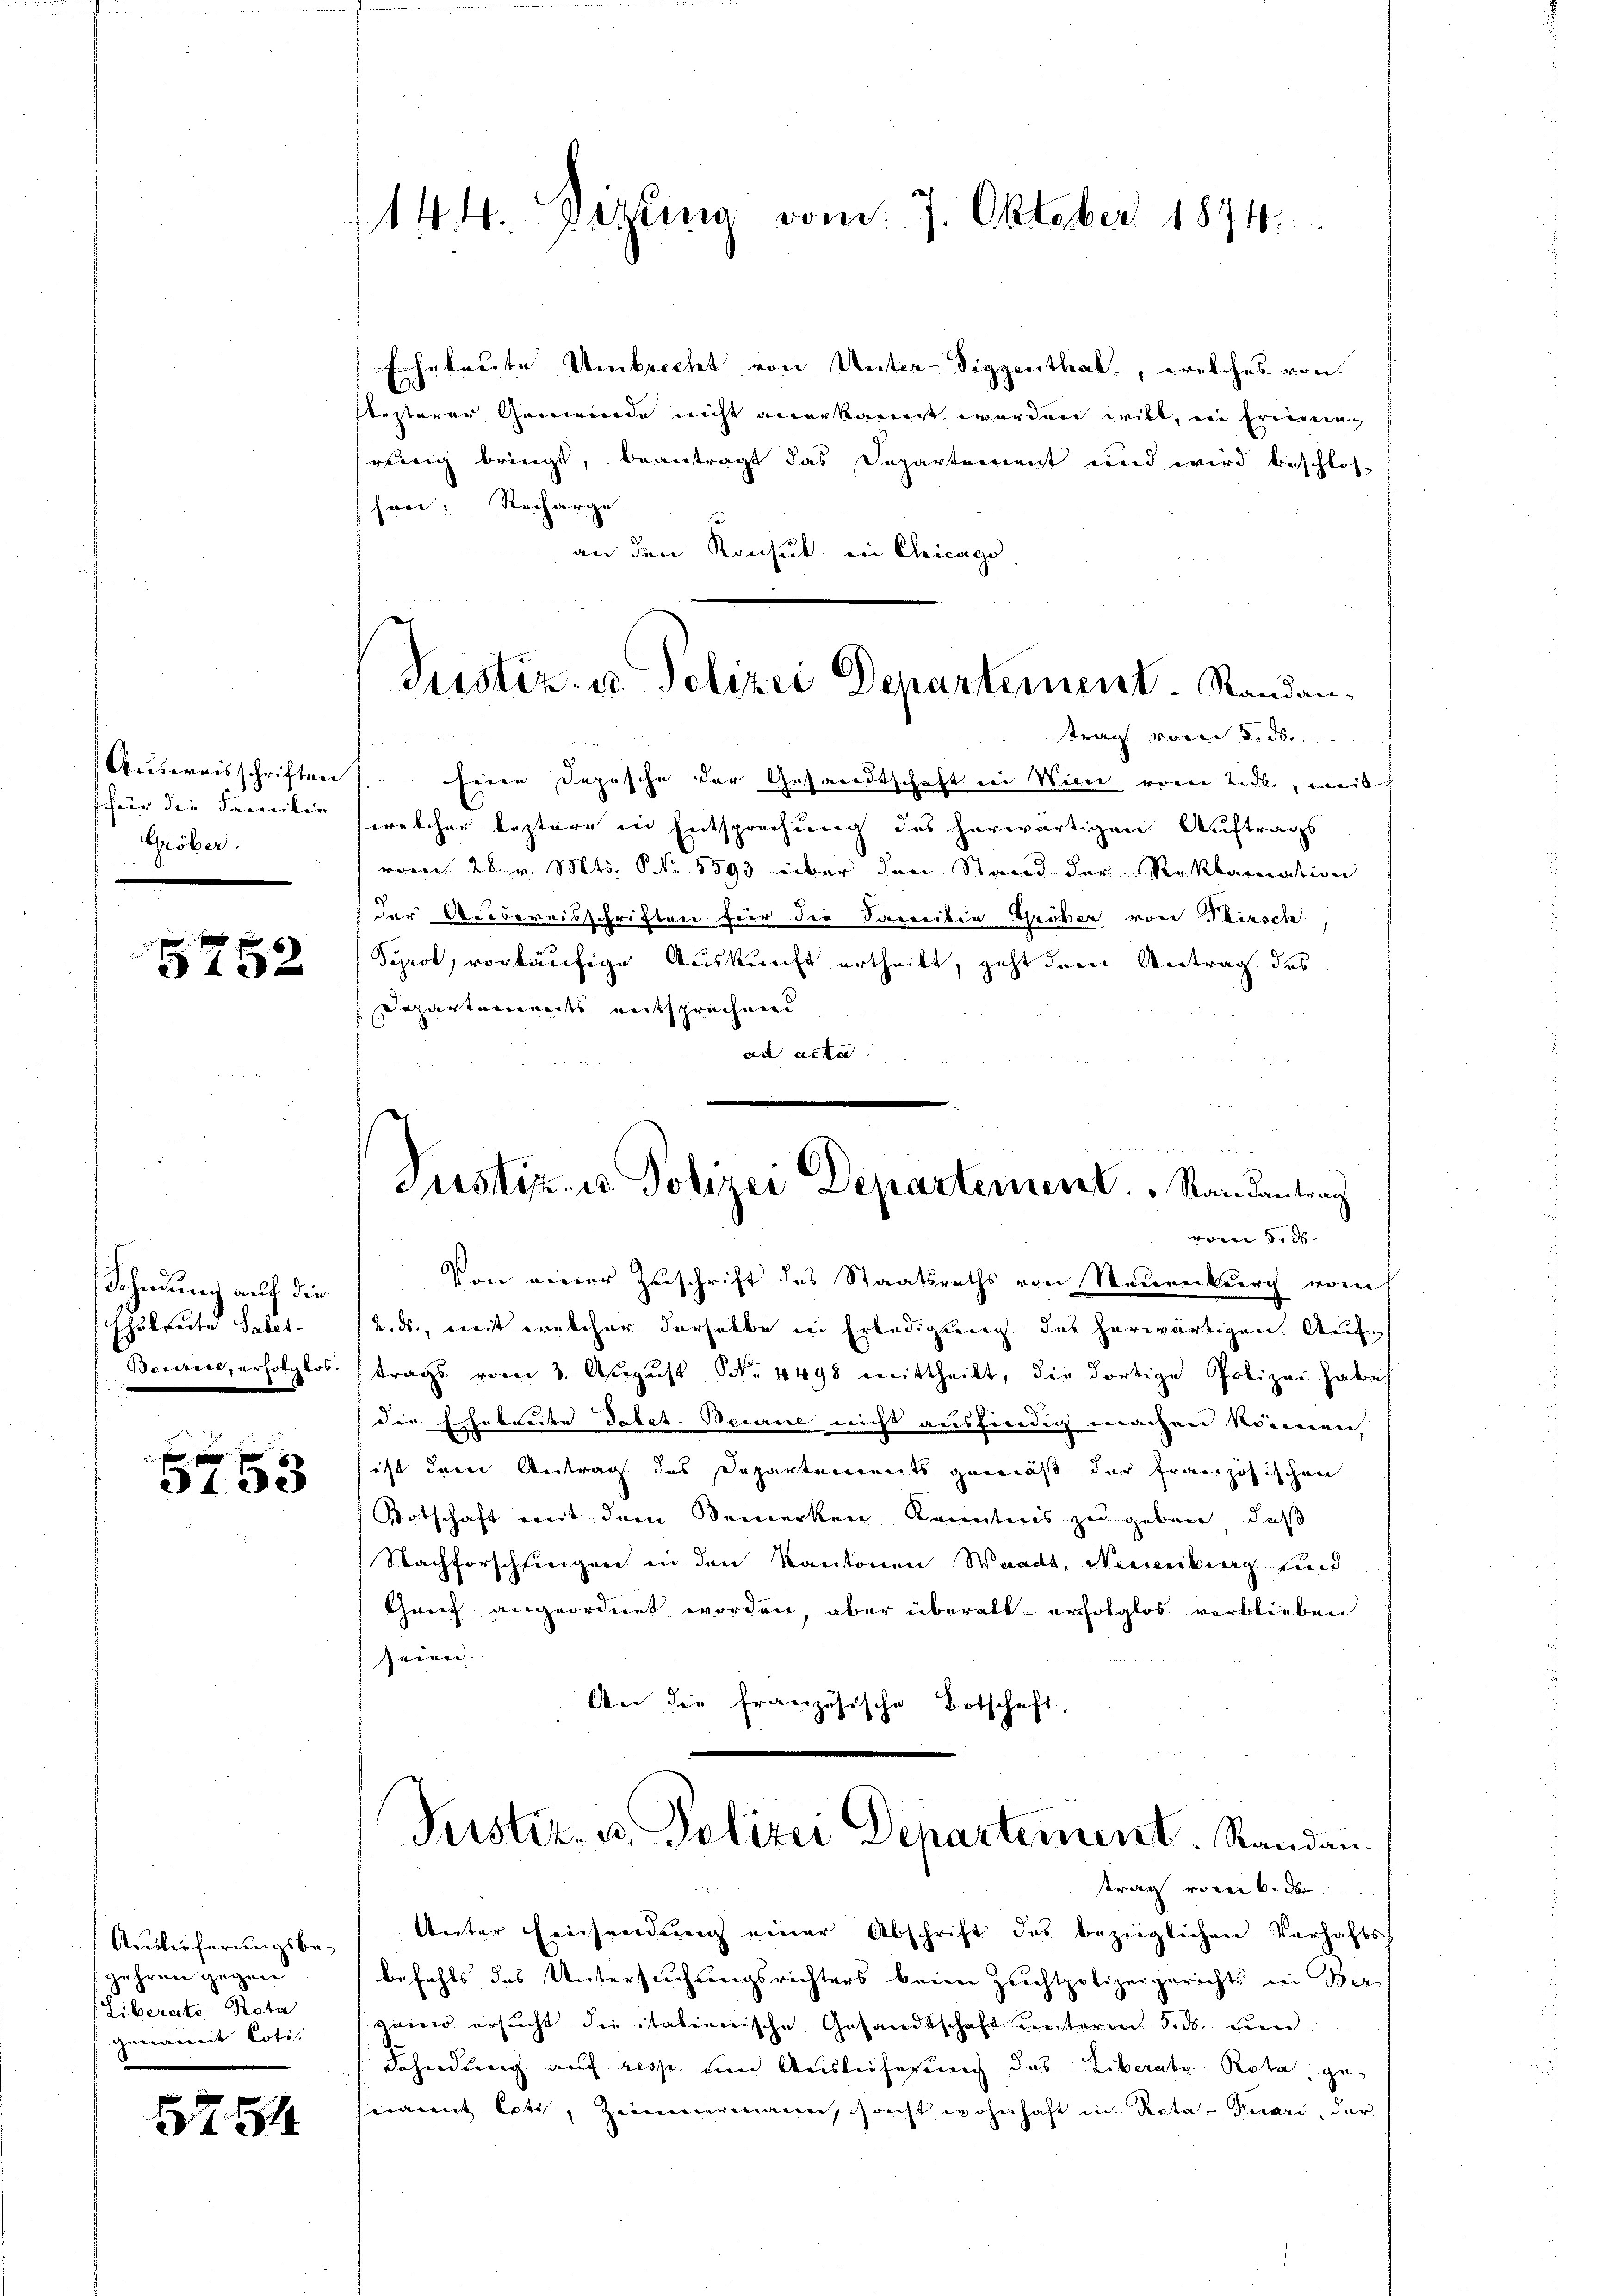
für die Familie
Gröber:

5752

Scheidung auf die
Eheleute Salat.
Scient, erfolgtos.

f 0 x
31 32

Auslieferungsbegehren gegen
Liberato Rota
Zuamnt Loti.

5754

144. Gesung vom 7. Oktober 1874.

Justiz- u. Polizei Departement. Randan¬
 1
trag vom 3. ds.

Justiz- u Polizei Departement. " Randantrag
vom 3. d.

Eheleute Umbrecht von Unter-Diggenthal, welches von
lezterer Gemeinde nicht anerkannt werden will, in Friedung
reitig bringt, beantragt das Departement und wird beschlos
hen Recharge
an den Konsul in Chicago
Ausweisschriften seine Depesche der Gesandtschaft in Wien vom 2. ds., weil
welcher leztere in Entsprechung des herwärtigen Auftrags
vom 28. v. Mts. No. 1893 über den Stand der Reklamation
der Uebereisschriften für die Soweiten Gröber von Kirsch
Syprot, vorläufige Auskunft ertheilt, geht dem Antrag des
Departemendes entsprechend
ad acter
Von einer Zuschrift des Staatsraths von Steuenburg vom
unds, weit welcher derselbe in Erledigung des herwärtigen. Auftrags vom 3. August Nr. 4498 mittheilt, die dortige Polizei habe
die Ehebreite Totet. Beurie nicht ausfindig machen können,
ist der Antrag des Departements gemäß der französischen
Botschaft mit dem Bemerken Kenntnis zu geben, daß
Nachforschfingen in den Kantonen Waadt, Neuenburg sind
Ganz angeordnet worden, aber überall erfolglos verblieben
seien.
An die französische Botschaft.
Justiz- u. Polizei Departement. Randau
trag vom 6. der
Unter Einsendung einer Abschrift des bezüglichen Verhaftss
befehls das Untersuchtungsrichters beine Zeichtpolizeigerichts in Verganen ersucht die italienische Gesandtschaft unterm 5. ds. den
Sahendung auf resp. um Auslieferung das Liberate Rota, genannt Opti, Zimmermann, sonst wohnhaft in Rota-Fuari, der